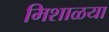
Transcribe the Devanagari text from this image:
मिशाळया